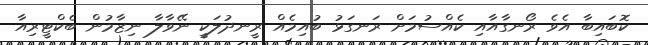
ކޮބައިބާ އެވެ ރޯނގާއާއި ކެއްސުމަށް ރަނގަޅު ބުއިމެއް ރީނދުލަކީ ނޭވާލާ ނިޒާމުން ބެކްޓީރިއާ